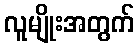
လူမျိုးအတွက်